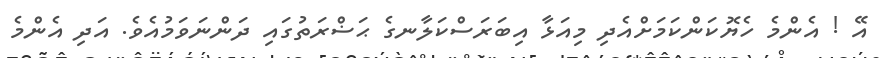
އޭ ! އެންމެ ހެޔޮކަންކަމަށްއެދި މިއަޅާ އިބަރަސްކަލާނގެ ޙަޟްރަތުގައި ދަންނަވަމުއެވެ. އަދި އެންމެ